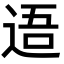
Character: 逜